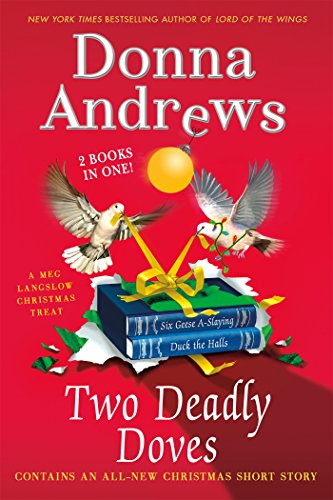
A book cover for Two Deadly Doves (Meg Langslow Mysteries); Donna Andrews; Mystery, Thriller & Suspense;